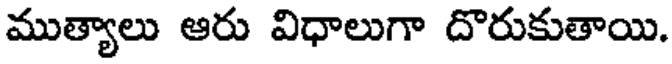
ముత్యాలు ఆరు విధాలుగా దొరుకుతాయి.